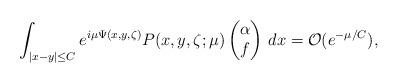
LaTeX: \begin{align*}\int_{|x-y|\leq C} e^{i\mu \Psi(x,y,\zeta)} P(x,y,\zeta;\mu)\begin{pmatrix}\alpha \\ f\end{pmatrix}\,dx=\mathcal O (e^{-\mu/C}),\end{align*}